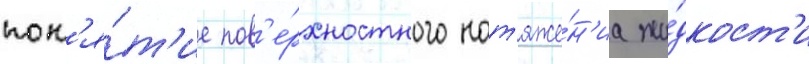
пон'я́т'ие пов'е́рхностного нат'яже́н'иа жи́дкост'и